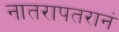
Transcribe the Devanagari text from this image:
नातरापतरानं